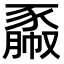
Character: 𧱯